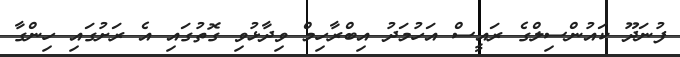
ފުނަދޫ ކައުންސިލްގެ ރައީސް އަހުމަދު އިބްރާހިމް ވިދާޅުވި ގޮތުގައި އެ ރަށުގައި ހިންގާ